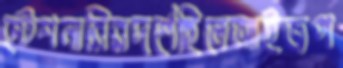
স্টেশনারিরদর্শেছিলেআইজপ